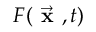
F ( { \vec { \textbf { x } } } , t )